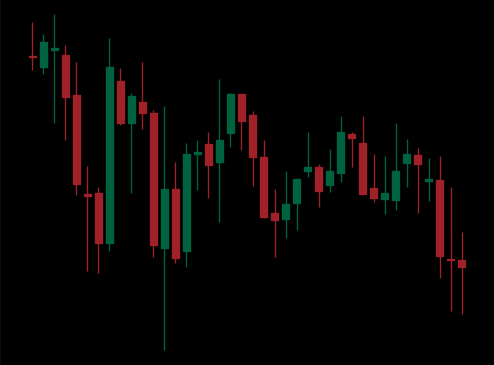
Pattern: unclassified